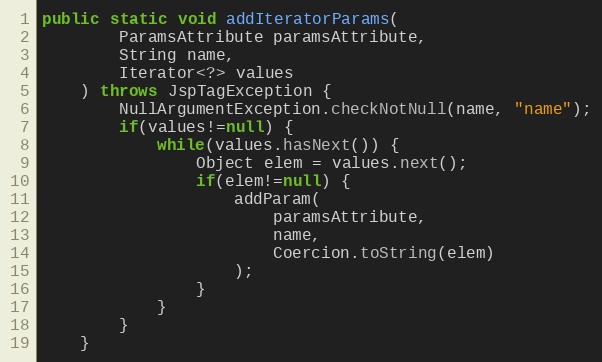
Language: Java
public static void addIteratorParams(
		ParamsAttribute paramsAttribute,
		String name,
		Iterator<?> values
	) throws JspTagException {
		NullArgumentException.checkNotNull(name, "name");
		if(values!=null) {
			while(values.hasNext()) {
				Object elem = values.next();
				if(elem!=null) {
					addParam(
						paramsAttribute,
						name,
						Coercion.toString(elem)
					);
				}
			}
		}
	}